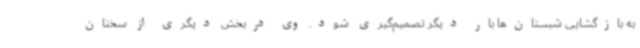
به بازگشایی شبستان‌ها بار دیگر تصمیم‌گیری شود. وی دربخش دیگری از سخنان